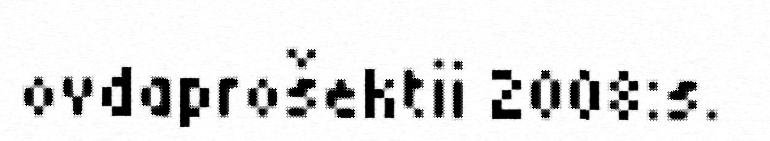
ovdaprošektii 2008:s.